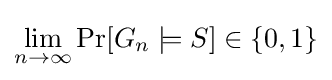
\lim _{n\to \infty }\operatorname {Pr} [G_{n}\models S]\in \{0,1\}